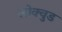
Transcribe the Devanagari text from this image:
लोक्वुड